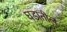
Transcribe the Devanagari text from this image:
घडातील